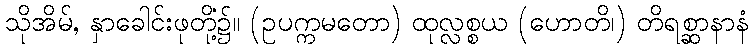
သိုအိမ်, နှာခေါင်းဖုတို့၌။ (ဥပက္ကမတော) ထုလ္လစ္စယံ (ဟောတိ၊) တိရစ္ဆာနာနံ